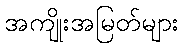
အကျိုးအမြတ်များ